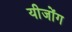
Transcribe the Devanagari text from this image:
यीजोंग